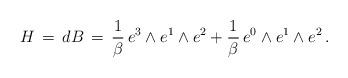
LaTeX: \begin{align*}H \,=\, dB \,=\, \frac{1}{\beta} \, e^{3} \wedge e^{1} \wedge e^{2} + \frac{1}{\beta} \, e^{0} \wedge e^{1} \wedge e^{2} \, . \end{align*}